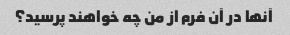
آنها در آن فرم از من چه خواهند پرسید؟